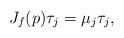
LaTeX: \begin{align*} J_f(p)\tau_j=\mu_j\tau_j, \end{align*}